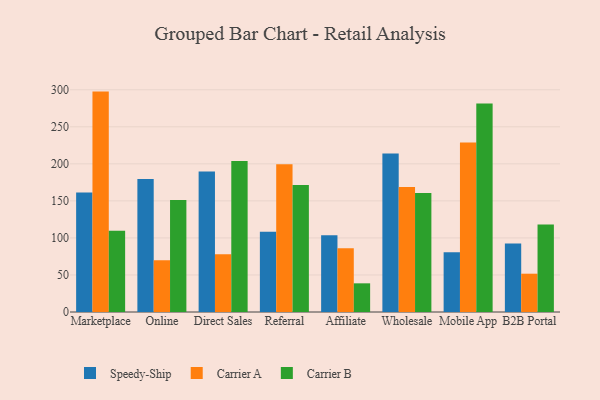
{"axis": {"x": "Channel", "y": "Bounce Rate (%)"}, "legend": ["Carrier A", "Carrier B", "Speedy-Ship"], "data": [{"x": "Marketplace", "y": 161.2, "type": "Speedy-Ship"}, {"x": "Marketplace", "y": 297.5, "type": "Carrier A"}, {"x": "Marketplace", "y": 109.6, "type": "Carrier B"}, {"x": "Online", "y": 179.4, "type": "Speedy-Ship"}, {"x": "Online", "y": 69.9, "type": "Carrier A"}, {"x": "Online", "y": 151.2, "type": "Carrier B"}, {"x": "Direct Sales", "y": 189.5, "type": "Speedy-Ship"}, {"x": "Direct Sales", "y": 78.0, "type": "Carrier A"}, {"x": "Direct Sales", "y": 203.9, "type": "Carrier B"}, {"x": "Referral", "y": 108.4, "type": "Speedy-Ship"}, {"x": "Referral", "y": 199.5, "type": "Carrier A"}, {"x": "Referral", "y": 171.5, "type": "Carrier B"}, {"x": "Affiliate", "y": 103.6, "type": "Speedy-Ship"}, {"x": "Affiliate", "y": 86.0, "type": "Carrier A"}, {"x": "Affiliate", "y": 38.7, "type": "Carrier B"}, {"x": "Wholesale", "y": 213.9, "type": "Speedy-Ship"}, {"x": "Wholesale", "y": 168.8, "type": "Carrier A"}, {"x": "Wholesale", "y": 160.7, "type": "Carrier B"}, {"x": "Mobile App", "y": 80.5, "type": "Speedy-Ship"}, {"x": "Mobile App", "y": 228.9, "type": "Carrier A"}, {"x": "Mobile App", "y": 281.5, "type": "Carrier B"}, {"x": "B2B Portal", "y": 92.3, "type": "Speedy-Ship"}, {"x": "B2B Portal", "y": 51.7, "type": "Carrier A"}, {"x": "B2B Portal", "y": 118.0, "type": "Carrier B"}]}